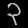
Digit: ၃